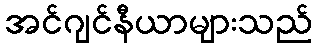
အင်ဂျင်နီယာများသည်